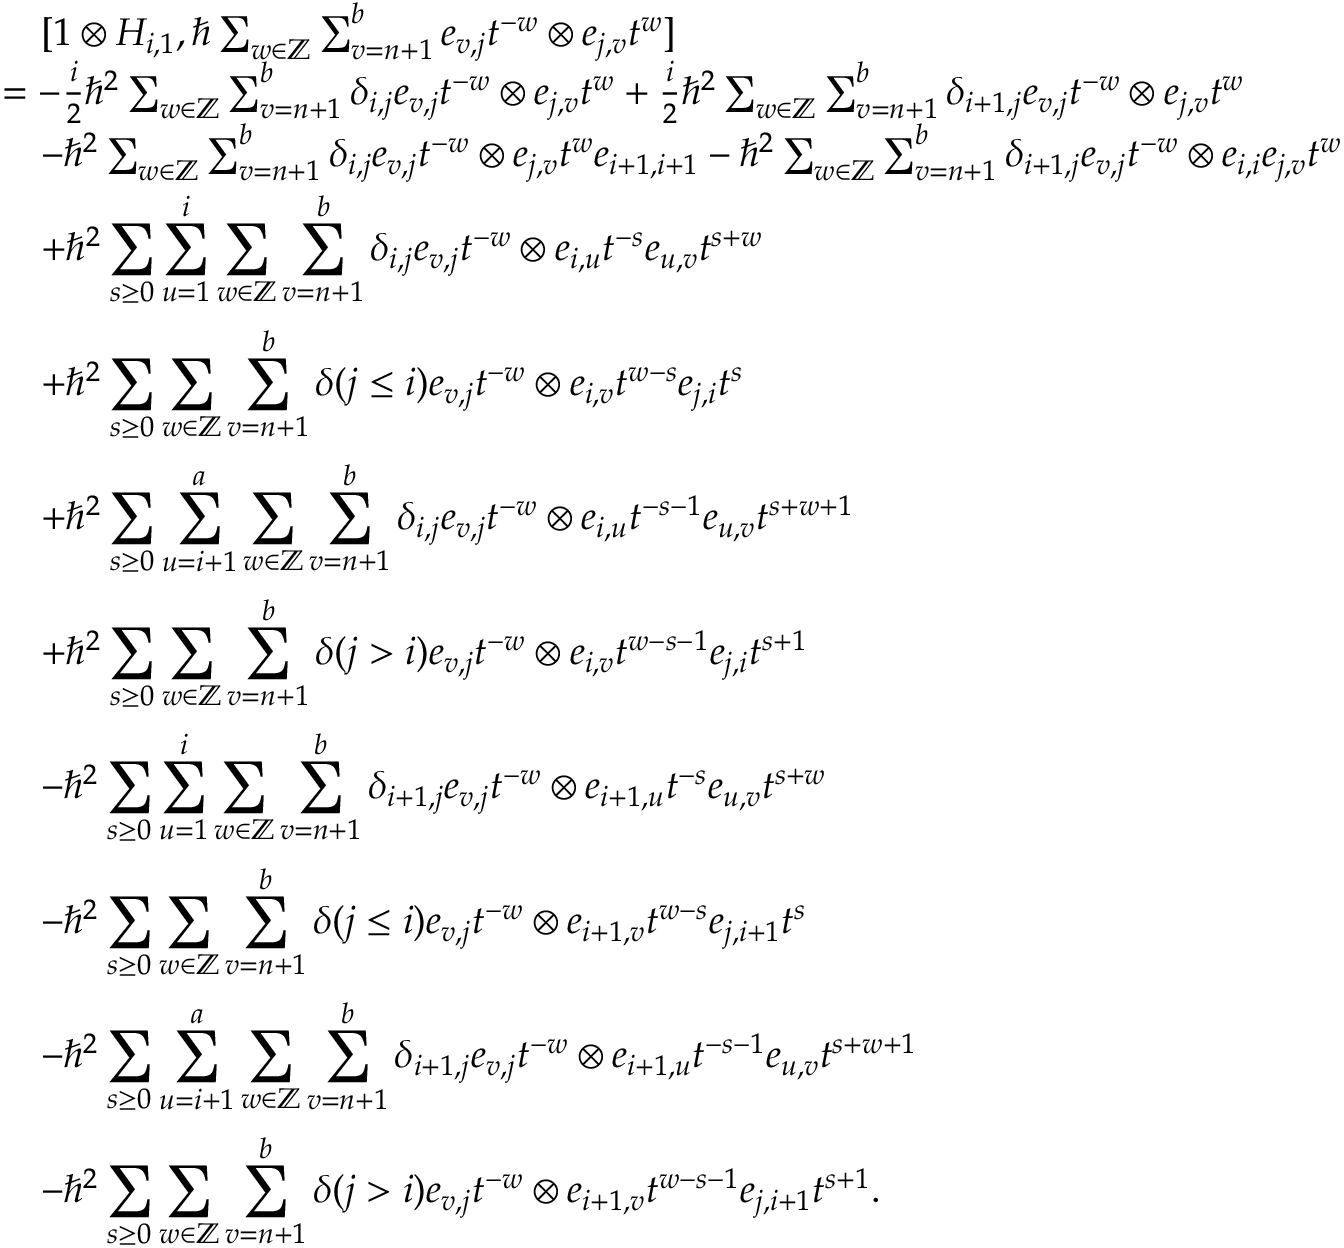
\begin{array} { r l } & { \quad [ 1 \otimes H _ { i , 1 } , \hbar \sum _ { w \in \mathbb { Z } } \sum _ { v = n + 1 } ^ { b } e _ { v , j } t ^ { - w } \otimes e _ { j , v } t ^ { w } ] } \\ & { = - \frac { i } { 2 } \hbar ^ { 2 } \sum _ { w \in \mathbb { Z } } \sum _ { v = n + 1 } ^ { b } \delta _ { i , j } e _ { v , j } t ^ { - w } \otimes e _ { j , v } t ^ { w } + \frac { i } { 2 } \hbar ^ { 2 } \sum _ { w \in \mathbb { Z } } \sum _ { v = n + 1 } ^ { b } \delta _ { i + 1 , j } e _ { v , j } t ^ { - w } \otimes e _ { j , v } t ^ { w } } \\ & { \quad - \hbar ^ { 2 } \sum _ { w \in \mathbb { Z } } \sum _ { v = n + 1 } ^ { b } \delta _ { i , j } e _ { v , j } t ^ { - w } \otimes e _ { j , v } t ^ { w } e _ { i + 1 , i + 1 } - \hbar ^ { 2 } \sum _ { w \in \mathbb { Z } } \sum _ { v = n + 1 } ^ { b } \delta _ { i + 1 , j } e _ { v , j } t ^ { - w } \otimes e _ { i , i } e _ { j , v } t ^ { w } } \\ & { \quad + \hbar ^ { 2 } \displaystyle \sum _ { s \geq 0 } \displaystyle \sum _ { u = 1 } ^ { i } \sum _ { w \in \mathbb { Z } } \sum _ { v = n + 1 } ^ { b } \delta _ { i , j } e _ { v , j } t ^ { - w } \otimes e _ { i , u } t ^ { - s } e _ { u , v } t ^ { s + w } } \\ & { \quad + \hbar ^ { 2 } \displaystyle \sum _ { s \geq 0 } \sum _ { w \in \mathbb { Z } } \sum _ { v = n + 1 } ^ { b } \delta ( j \leq i ) e _ { v , j } t ^ { - w } \otimes e _ { i , v } t ^ { w - s } e _ { j , i } t ^ { s } } \\ & { \quad + \hbar ^ { 2 } \displaystyle \sum _ { s \geq 0 } \displaystyle \sum _ { u = i + 1 } ^ { a } \sum _ { w \in \mathbb { Z } } \sum _ { v = n + 1 } ^ { b } \delta _ { i , j } e _ { v , j } t ^ { - w } \otimes e _ { i , u } t ^ { - s - 1 } e _ { u , v } t ^ { s + w + 1 } } \\ & { \quad + \hbar ^ { 2 } \displaystyle \sum _ { s \geq 0 } \sum _ { w \in \mathbb { Z } } \sum _ { v = n + 1 } ^ { b } \delta ( j > i ) e _ { v , j } t ^ { - w } \otimes e _ { i , v } t ^ { w - s - 1 } e _ { j , i } t ^ { s + 1 } } \\ & { \quad - \hbar ^ { 2 } \displaystyle \sum _ { s \geq 0 } \displaystyle \sum _ { u = 1 } ^ { i } \sum _ { w \in \mathbb { Z } } \sum _ { v = n + 1 } ^ { b } \delta _ { i + 1 , j } e _ { v , j } t ^ { - w } \otimes e _ { i + 1 , u } t ^ { - s } e _ { u , v } t ^ { s + w } } \\ & { \quad - \hbar ^ { 2 } \displaystyle \sum _ { s \geq 0 } \sum _ { w \in \mathbb { Z } } \sum _ { v = n + 1 } ^ { b } \delta ( j \leq i ) e _ { v , j } t ^ { - w } \otimes e _ { i + 1 , v } t ^ { w - s } e _ { j , i + 1 } t ^ { s } } \\ & { \quad - \hbar ^ { 2 } \displaystyle \sum _ { s \geq 0 } \displaystyle \sum _ { u = i + 1 } ^ { a } \sum _ { w \in \mathbb { Z } } \sum _ { v = n + 1 } ^ { b } \delta _ { i + 1 , j } e _ { v , j } t ^ { - w } \otimes e _ { i + 1 , u } t ^ { - s - 1 } e _ { u , v } t ^ { s + w + 1 } } \\ & { \quad - \hbar ^ { 2 } \displaystyle \sum _ { s \geq 0 } \sum _ { w \in \mathbb { Z } } \sum _ { v = n + 1 } ^ { b } \delta ( j > i ) e _ { v , j } t ^ { - w } \otimes e _ { i + 1 , v } t ^ { w - s - 1 } e _ { j , i + 1 } t ^ { s + 1 } . } \end{array}